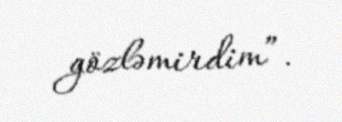
gözləmirdim”.